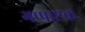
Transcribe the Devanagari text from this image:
गप्पाष्टक